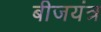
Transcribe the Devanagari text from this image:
बीजयंत्र